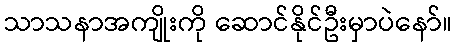
သာသနာအကျိုးကို ဆောင်နိုင်ဦးမှာပဲနော်။